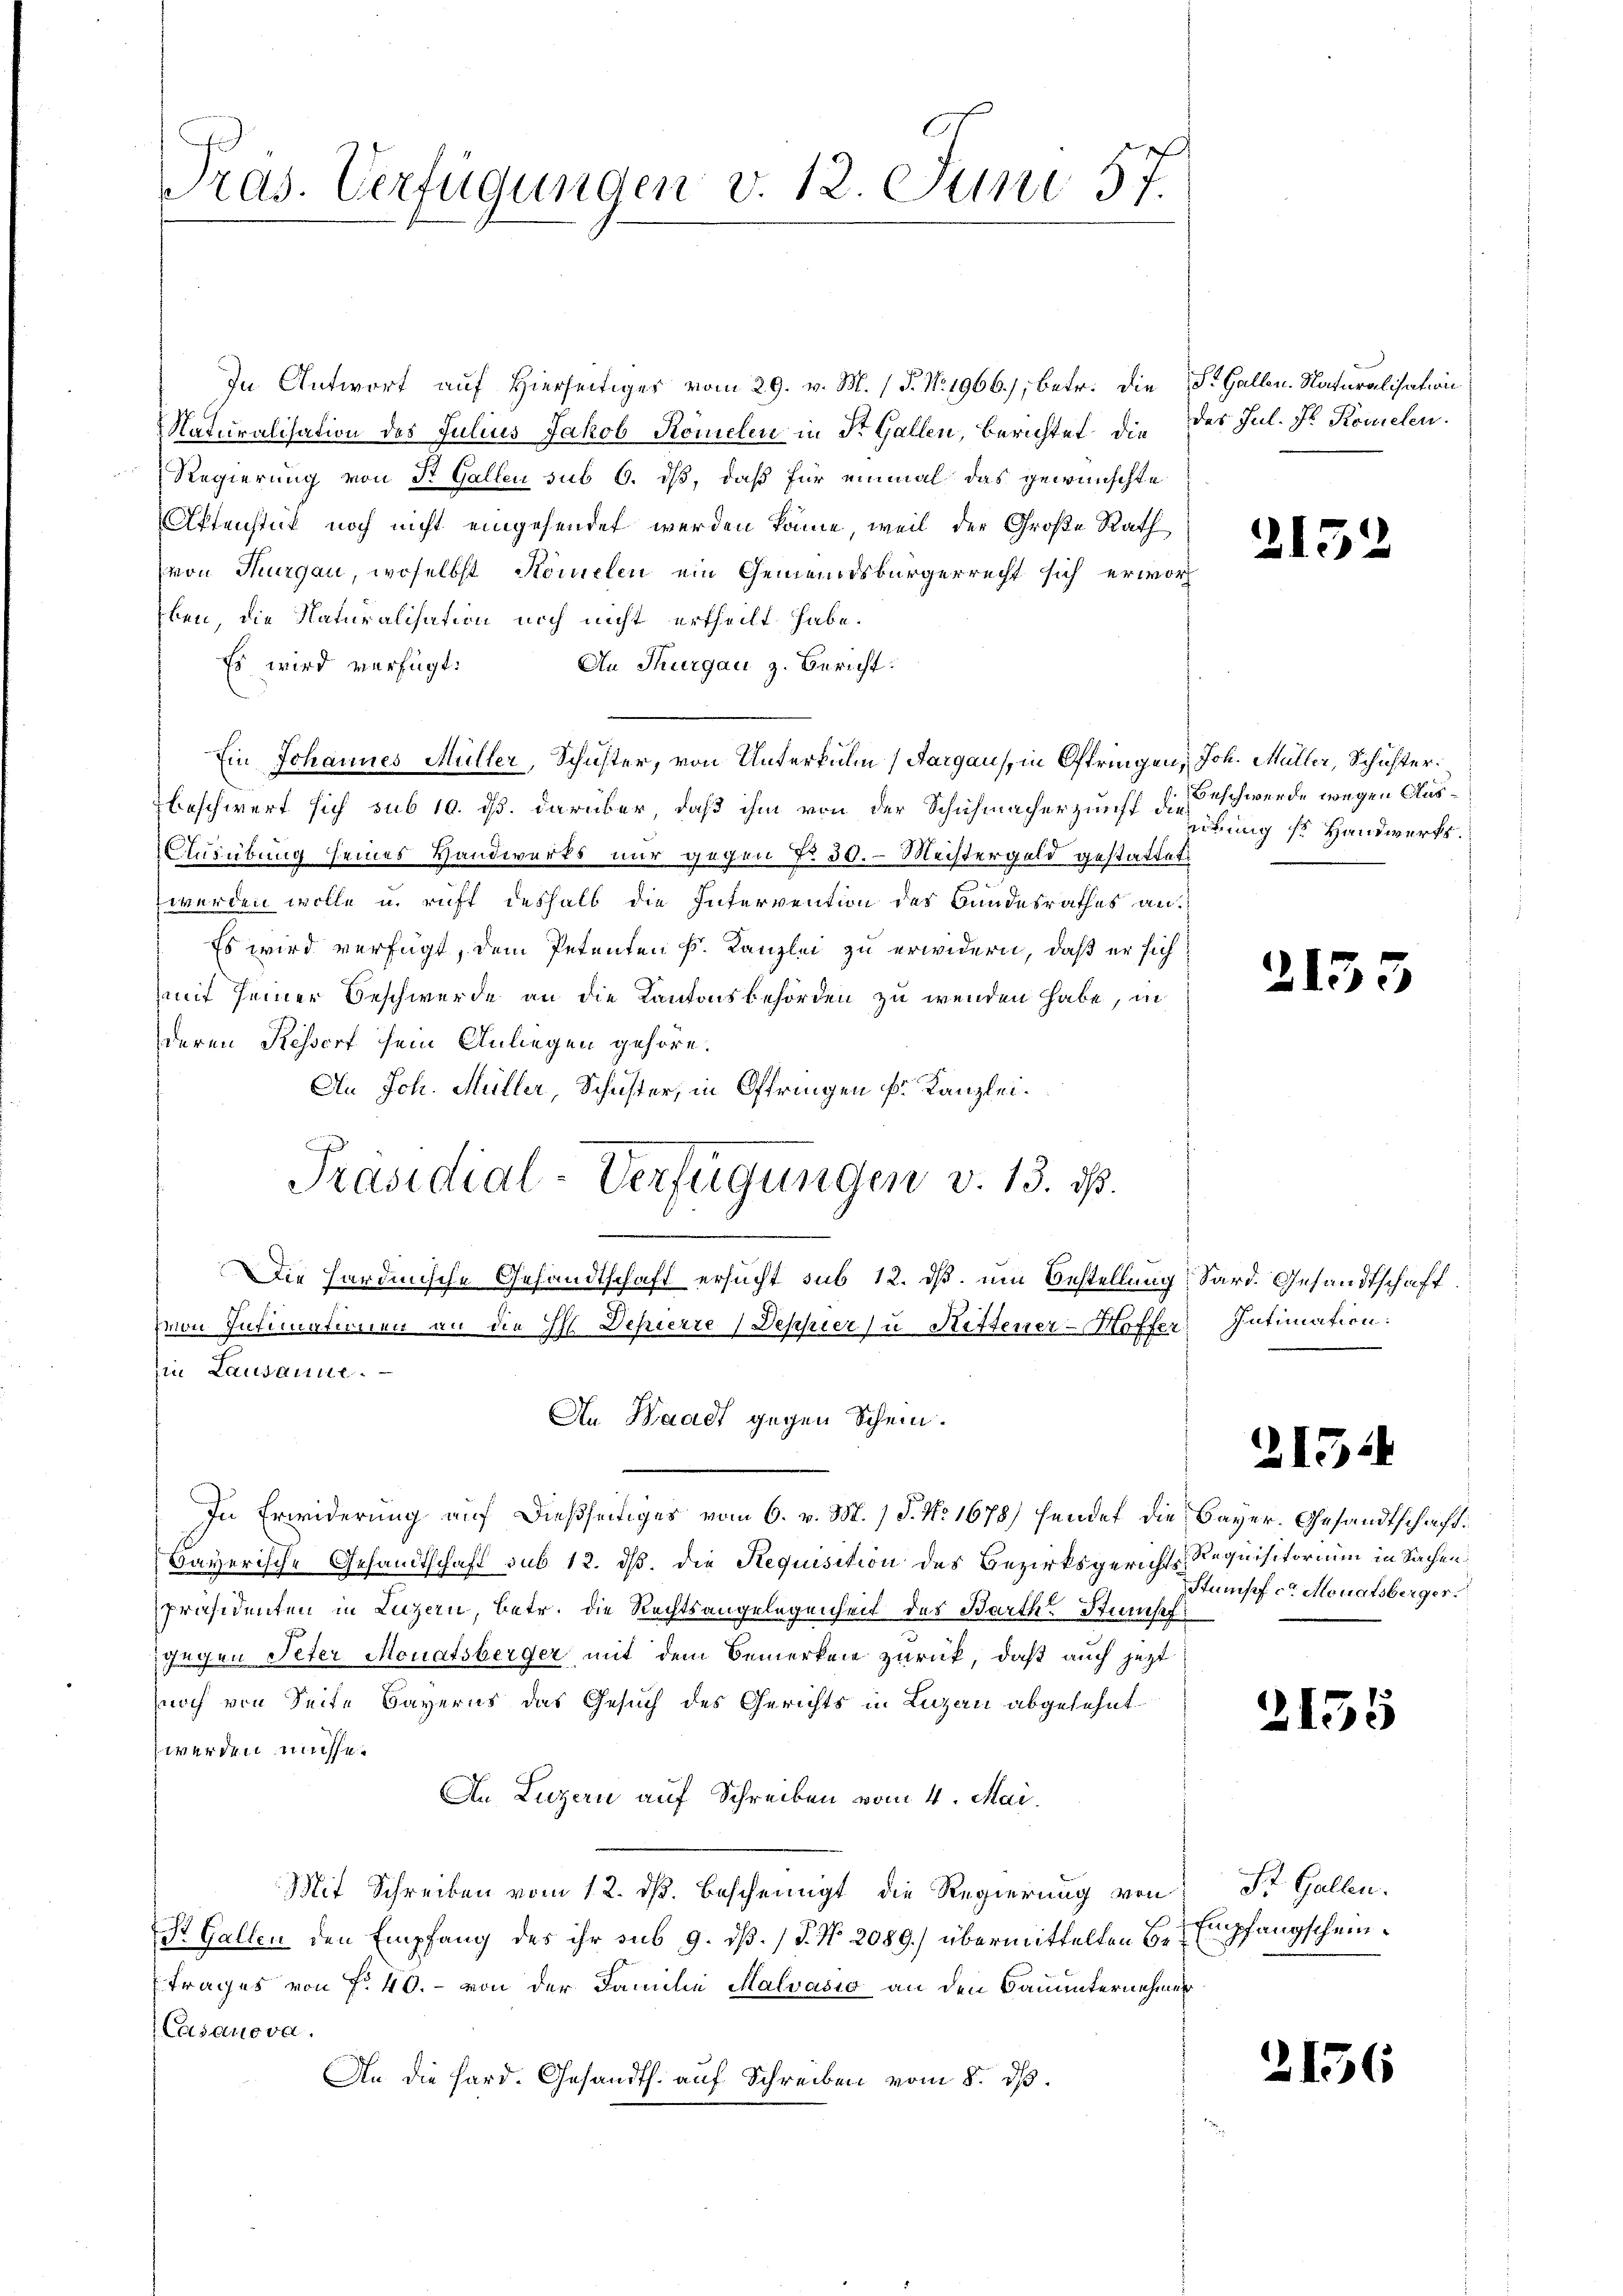
Pras. Verfügungen v. 12. Juni 57.

In Antwort auf Hierseitiger vom 29. v. M. (T. No. 1966), betr. die
Naturalisation des Julius Jakob Romelen in Dr. Gallen, Berichtet, die
Regierung von St. Gallen sub 6. ds, daß für einmal das gewünschte
Aktenstück noch nicht eingesendet werden könne, weil der Große Rath
von Thurgau, woselbst Komelen ein Gemeindsbürgerrecht sich erworben, die Naturalisation noch nicht ertheilt habe.
Es wird verfügt:
An Thurgau z. Bericht.
Ein Johannes Müller, Schuster, von Unterkulm (Aargau, in Oftringen, Joh. Müller, Schusterbeschwert sich sub 10. ds. darüber, daß ihm von der Schuhmacherzunft die
Ausübung seines Handwerks nur gegen No 30. Meistergeld gestattet
werden wolle u. ruft deshalb die Intervention des Bandesrathes an.
Es wird verfügt, dem Petenten k. Kanzlei zu erwidern, daß er sich
mit seiner Beschwerde an die Kantonsbehörden zu wenden habe, in
deren Kessert sein Anliegen gehöre.
An Joh. Müller, Schuster, in Oftringen k. Kanzlei
Die hardinische Gesandtschaft ersucht sub 12. ds. um Bestellung Sard. Gesandtschaft.
von Intimationen an die H. Depierre (Deppier zu Rittener-Hoffer, Intimation:
in Lausanne.
An Waadt gegen Schein.
In Erwiderung auf dießseitiges vom 6. v. M. (T. No. 1678) hendet die Bayer. Gesandtschaft¬
Bayerische Gesandtschaft sub 12. dß. Die Requisition des Bezirksgerichts-Requisitorium in Sachenpräsidenten in Luzern, betr. die Rechtsangelegenheit des Barth. Stumpf
gegen Peter Monatsberger mit dem Bemerken zurück, daß auch jetzt
noch von Seite Bayerns das Gesuch des Gerichts in Luzern abgesehnt.
werden müsse.
An Luzern auf Schreiben vom 4. Mai.
Mit Schreiben vom 12. ds. bescheinigt die Regierung von St. Gallen.
S Gallen den Empfang des ihr sub 9. dß. / P. No. 2089.) übermittelten Betrages von No. 40. - von der Familie Malvasio an den Bauunternehmer
Casanova
An die Hard. Gesandth. auf Schreiben vom 8. dβ.

Präsidial-Verfügungen v. 13. ds.

St. Gallen. Naturalisation
des Jul. J. Komelen.

2152

213

Beschwerde wegen Ausütung so Handwerks.

21544

3

Stumpf ca Monatsberger.

2135

Empfangschein.

2136